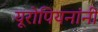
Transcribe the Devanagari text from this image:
यूरोपियनांनी